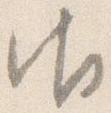
御